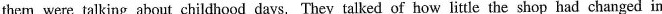
them were talking about childhood days. They talked of how little the shop had changed in